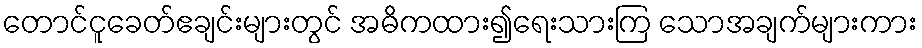
တောင်ငူခေတ်ဧချင်းများတွင် အဓိကထား၍ရေးသားကြ သောအချက်များကား